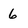
Character: 6